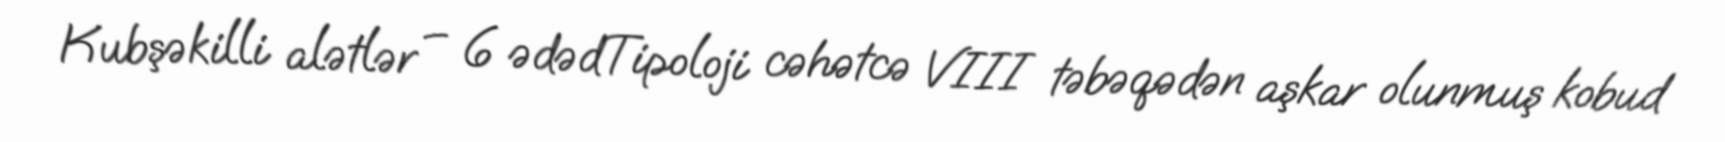
Kubşəkilli alətlər – 6 ədədTipoloji cəhətcə VIII təbəqədən aşkar olunmuş kobud